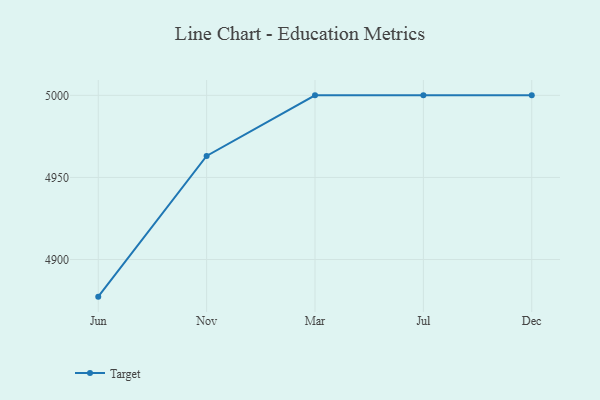
{"axis": {"x": "Month", "y": "Operating Costs (USD K)"}, "legend": ["Target"], "data": [{"x": "Jun", "y": 4877.4, "type": "Target"}, {"x": "Nov", "y": 4963.1, "type": "Target"}, {"x": "Mar", "y": 5000, "type": "Target"}, {"x": "Jul", "y": 5000, "type": "Target"}, {"x": "Dec", "y": 5000, "type": "Target"}]}